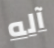
آله